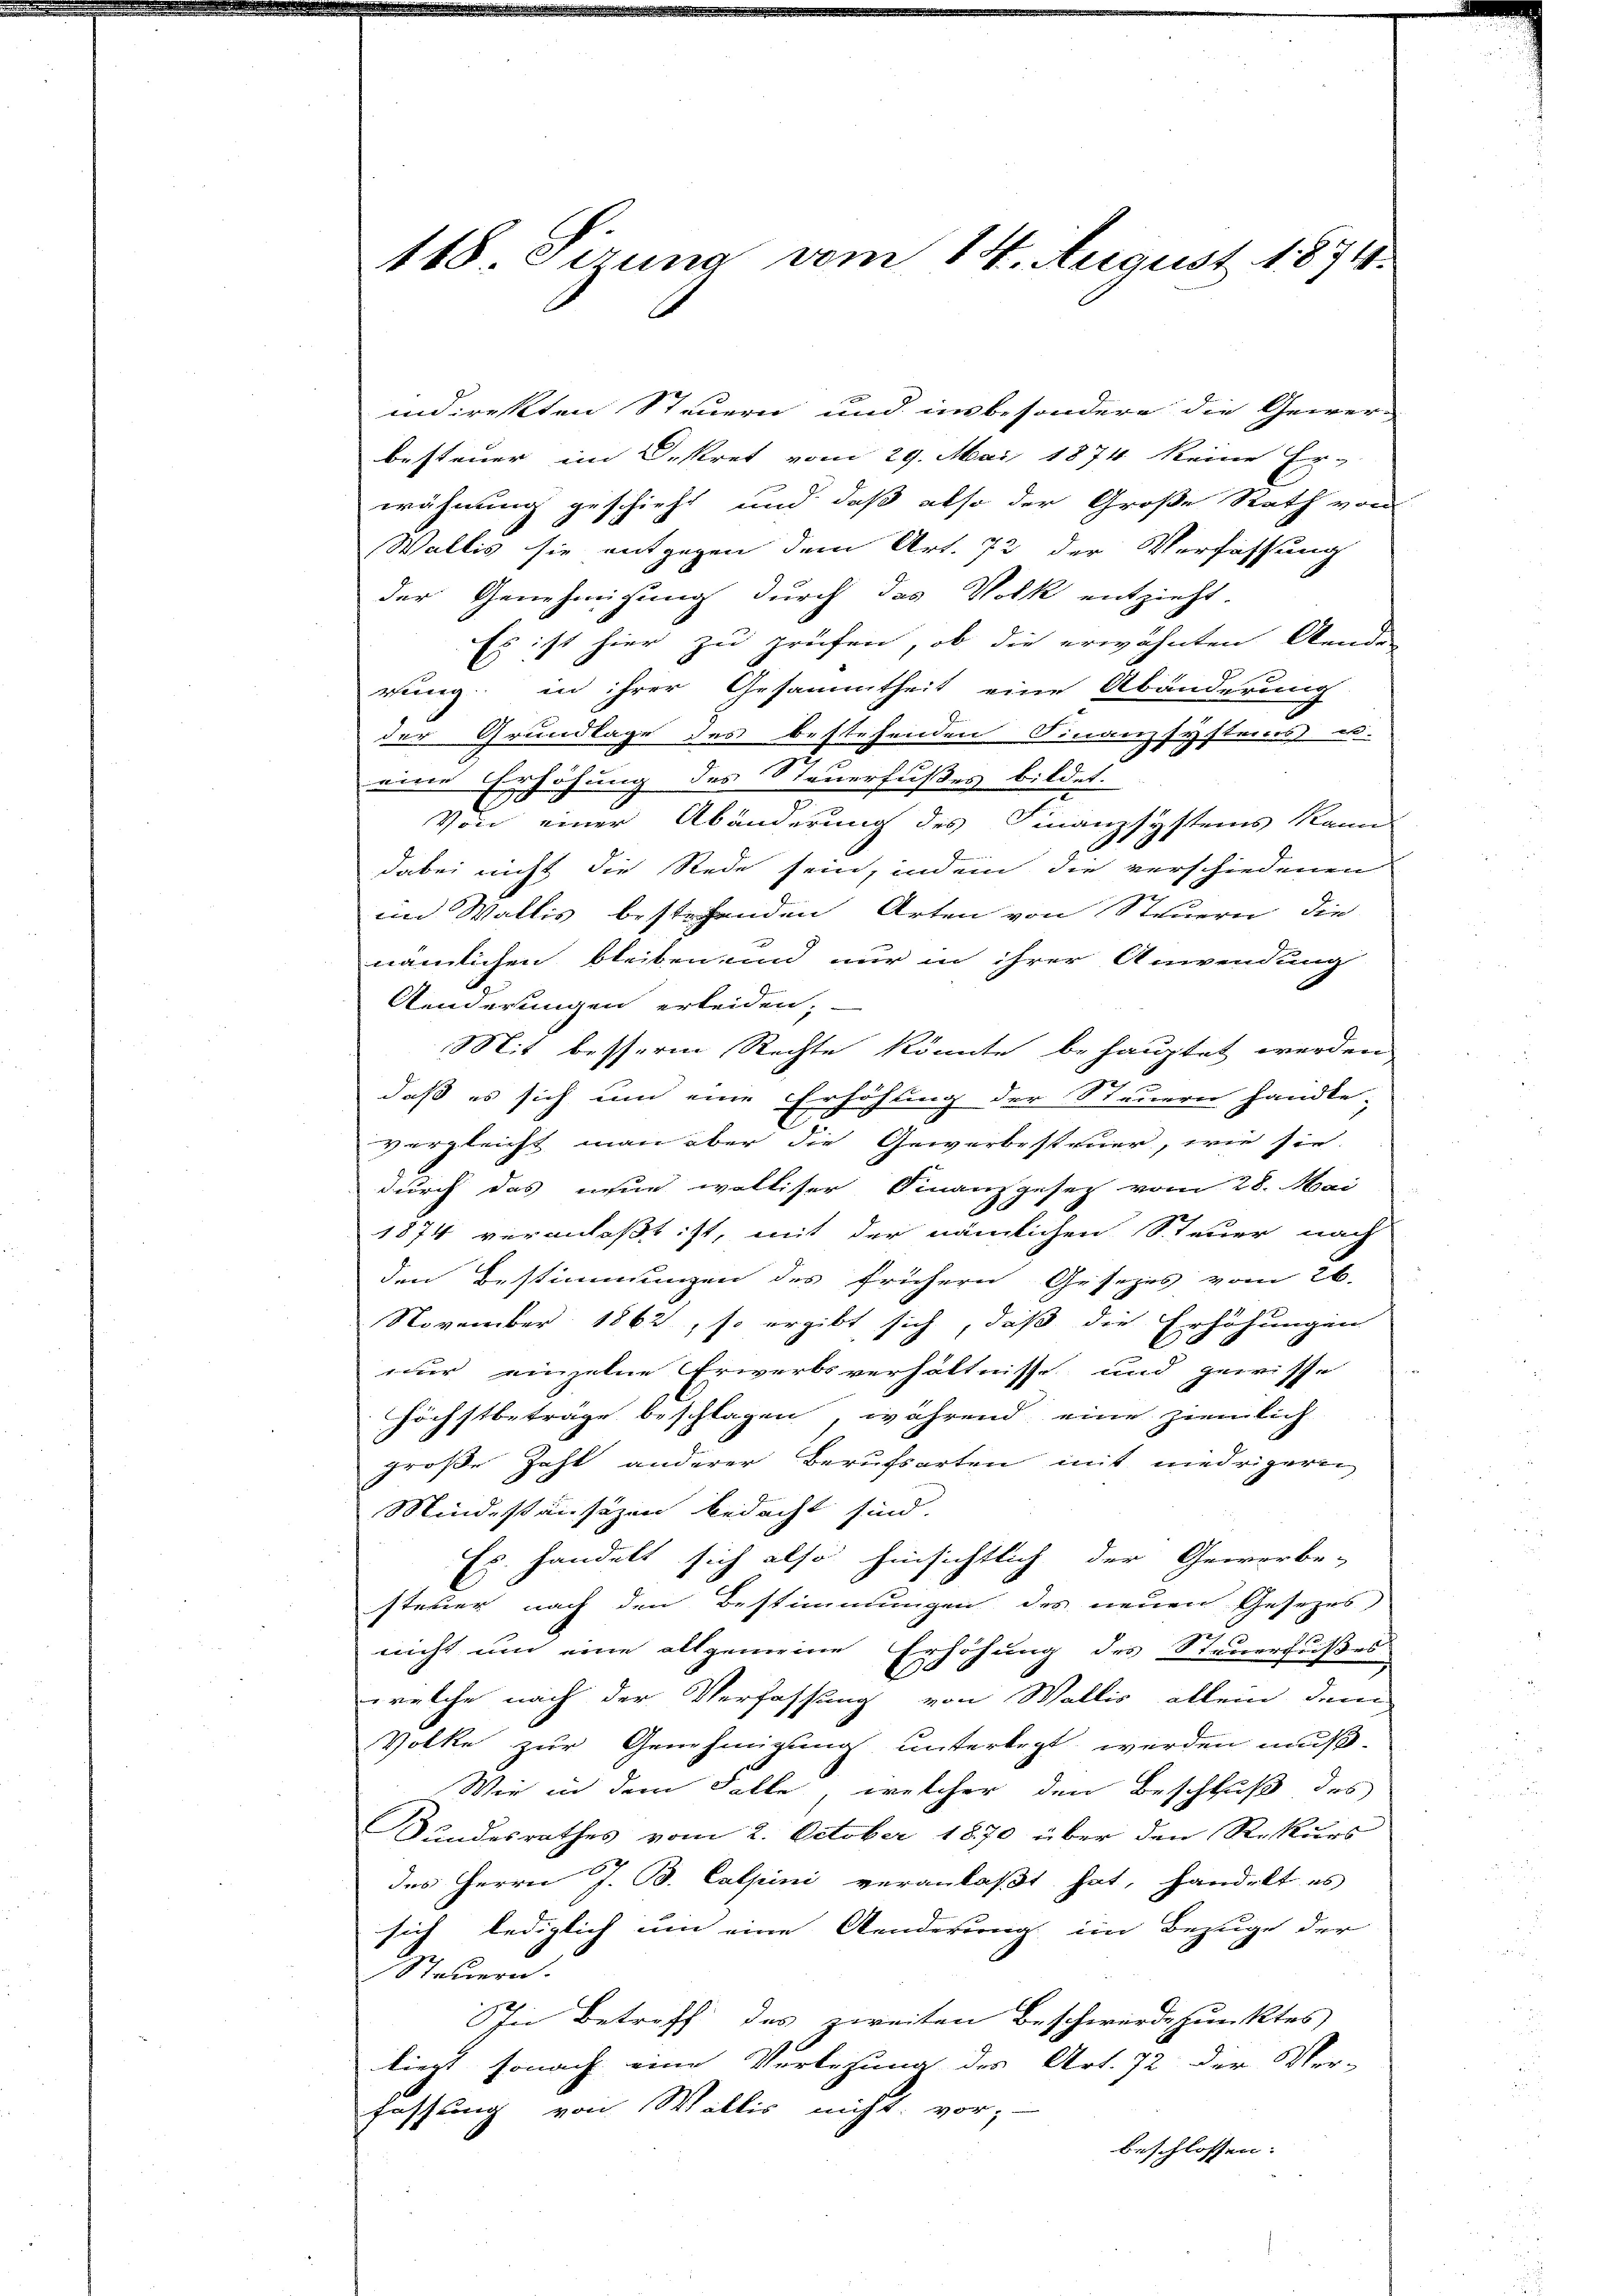
168. Sirung vom 14. August 1874.

indirekten Steuern und insbesondere die Gewer-
besteuer im Dekret vom 29. Mai 1874 keine Er-
wähnung geschieht und daß also der Große Rath von
Wallis sie entgegen dem Art. 72 der Verfassung
der Genehmigung durch das Volk entzieht.
Es ist hier zu prüfen, ob die erwähnten Aende-
rung in ihrer Gesammtheit eine Abänderung
der Grundlage des bestehenden Finanzsystems es.
eine Erhöhung des Steuerfußes bildet.
Von einer Abänderung des Finanzsystems kann
dabei nicht die Rede sein, indem die verschiedenen
und Wallis bestehenden Arten von Steuern die
nämlichen bleiben und nur in ihrer Anwendung
Aenderungen erleiden;
Mit bessere Rechte könnte behauptet werden
daß es sich um eine Erhöhung der Steuern handle;
vergleicht man aber die Gewerbesteuer, wie sie.
durch das neun wolliser Finanzgesetz vom 28. Mai
e
1874 veranlaßt ist, mit der nämlichen Steuer nach
den Bestimmungen des frühern Gesezes vom 26.
November 1862, so ergibt sich, daß die Erhöhungen
nur einzelne Erwerbsverhältnisse und gewisse
höchstbeträge beschlagen, während eine ziemlich
große Zahl anderer Berufsarten mit niedrigeren
Mindestansazen bedacht sind.
Es handelt sich also hinsichtlich der Gewerbe-
steuer nach den Bestimmungen des neuen Gesezes
nicht um eine allgemeine Erhöhung des Steuerfußes
welche nach der Verfassung von Wallis allein dem
Volke zur Genehmigung unterlegt werden muß.
Wie in dem Falle, welcher den Beschluß des
Bundesrathes vom 2. October 1870 über den Rekurs
des Herrn J. B. Calpini veranlaßt hat, handelt es
sich lediglich um eine Aenderung im Bezuge der
Steuern.
In Betreff des zweiten Beschwerdepunktes
liegt sonach eine Verlesung des Art. 72 der Ver-
fassung von Wallis nicht vor,
beschlossen: